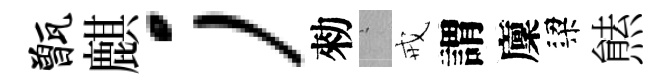
甑麒；勑搖戒謂廩梁㷱